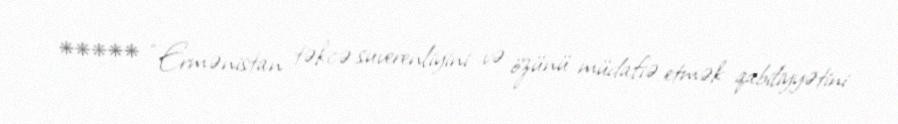
***** “Ermənistan təkcə suverenliyini və özünü müdafiə etmək qabiliyyətini